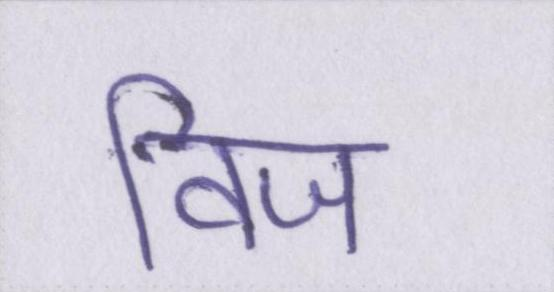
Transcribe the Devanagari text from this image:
विज